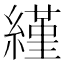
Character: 䌍